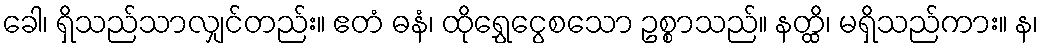
ခေါ၊ ရှိသည်သာလျှင်တည်း။ ဧတံ ဓနံ၊ ထိုရွှေငွေစသော ဥစ္စာသည်။ နတ္ထိ၊ မရှိသည်ကား။ န၊